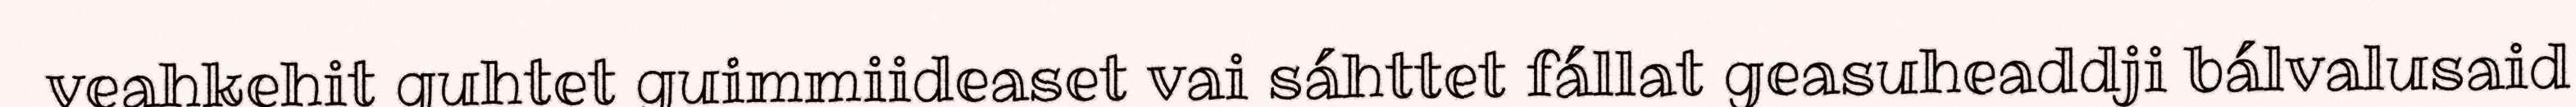
veahkehit guhtet guimmiideaset vai sáhttet fállat geasuheaddji bálvalusaid